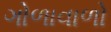
ગોળાવાળો